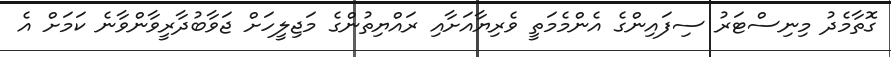
ގޮތާމެދު މިނިސްޓަރު ސިފައިންގެ އެންމެމަތީ ވެރިޔާއަށާއި ރައްޔިތުންގެ މަޖިލީހަށް ޖަވާބުދާރީވާންވާނެ ކަމަށް އެ